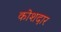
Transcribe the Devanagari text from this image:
कोशदार